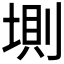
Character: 𡍫